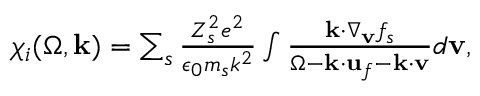
\begin{array} { r } { \chi _ { i } ( \Omega , \mathbf { k } ) = \sum _ { s } \frac { Z _ { s } ^ { 2 } e ^ { 2 } } { \epsilon _ { 0 } m _ { s } k ^ { 2 } } \int \frac { \mathbf { k } \cdot \nabla _ { \mathbf { v } } f _ { s } } { \Omega - \mathbf { k } \cdot \mathbf { u } _ { f } - \mathbf { k } \cdot \mathbf { v } } d \mathbf { v } , } \end{array}